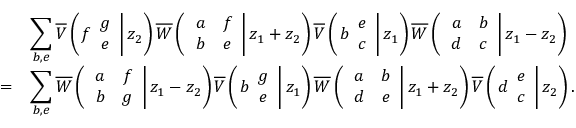
\begin{array} { c l } { { } } & { { \displaystyle \sum _ { b , e } \overline { { { V } } } \left( \left. f \begin{array} { c } { { g } } \\ { { e } } \end{array} \right| z _ { 2 } \right) \overline { { { W } } } \left( \left. \begin{array} { c c } { { a } } & { { f } } \\ { { b } } & { { e } } \end{array} \right| z _ { 1 } + z _ { 2 } \right) \overline { { { V } } } \left( \left. b \begin{array} { c } { { e } } \\ { { c } } \end{array} \right| z _ { 1 } \right) \overline { { { W } } } \left( \left. \begin{array} { c c } { { a } } & { { b } } \\ { { d } } & { { c } } \end{array} \right| z _ { 1 } - z _ { 2 } \right) } } \\ { { = } } & { { \displaystyle \sum _ { b , e } \overline { { { W } } } \left( \left. \begin{array} { c c } { { a } } & { { f } } \\ { { b } } & { { g } } \end{array} \right| z _ { 1 } - z _ { 2 } \right) \overline { { { V } } } \left( \left. b \begin{array} { c } { { g } } \\ { { e } } \end{array} \right| z _ { 1 } \right) \overline { { { W } } } \left( \left. \begin{array} { c c } { { a } } & { { b } } \\ { { d } } & { { e } } \end{array} \right| z _ { 1 } + z _ { 2 } \right) \overline { { { V } } } \left( \left. d \begin{array} { c } { { e } } \\ { { c } } \end{array} \right| z _ { 2 } \right) . } } \end{array}